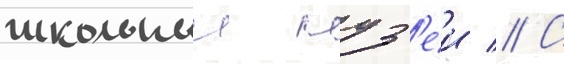
школьныи муз'еи // С